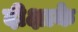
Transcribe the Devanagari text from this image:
दीक्षाके